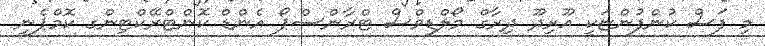
މި ފަސް ކުންފުންޏަކީ އޫރިދޫ ދިރާގް މޯލްޑިވްސް ޓްރާންސްޕޯ އެންޑް ކޮންޓްރޭކްޓިންގ ކޮމްޕެނީ